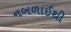
નબળાઈથી